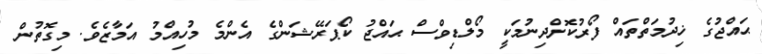
ޙައްޖުގެ ޚިދުމަތްތައް ފޯރުކޮށްދިނުމަކީ މޯލްޑިވްސް ޙައްޖު ކޯޕަރޭޝަންގެ އެންމެ މުހިއްމު އަމާޒެވެ. މިގޮތުން